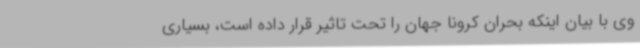
وی با بیان اینکه بحران کرونا جهان را تحت تاثیر قرار داده است، بسیاری